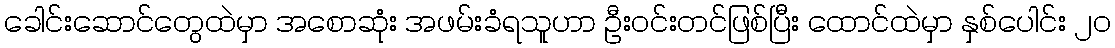
ခေါင်းဆောင်တွေထဲမှာ အစောဆုံး အဖမ်းခံရသူဟာ ဦးဝင်းတင်ဖြစ်ပြီး ထောင်ထဲမှာ နှစ်ပေါင်း ၂၀